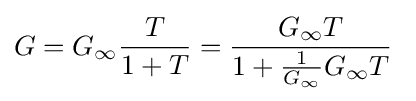
G=G_{\infty }{\frac {T}{1+T}}={\frac {G_{\infty }T}{1+{\frac {1}{G_{\infty }}}G_{\infty }T}}\